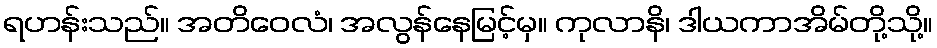
ရဟန်းသည်။ အတိဝေလံ၊ အလွန်နေမြင့်မှ။ ကုလာနိ၊ ဒါယကာအိမ်တို့သို့။